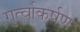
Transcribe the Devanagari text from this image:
गुर्त्वाकर्षण